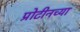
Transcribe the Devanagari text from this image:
प्रोटीनच्या